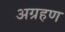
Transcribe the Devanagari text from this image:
अग्रहण